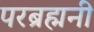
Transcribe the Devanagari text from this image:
परब्रह्मनी